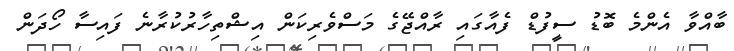
ބާއްވާ އެންމެ ބޮޑު ސީފުޑް ފެއާގައި ރާއްޖޭގެ މަސްވެރިކަން އިޝްތިހާރުކުރާނެ ފައިސާ ހޯދަން